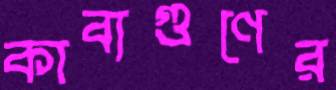
কাব্যগুণের